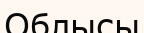
Облысы